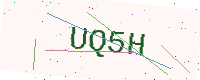
Text: UQ5H